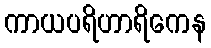
ကာယပရိဟာရိကေန